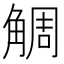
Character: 𧣷